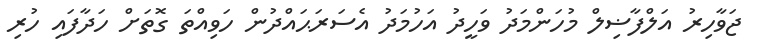
ޖަވާހިރު އަލްފާޟިލް މުހަންމަދު ވަހީދު އަހުމަދު އެސަރަޙައްދުން ހަވިއްތަ ގޮތަށް ހަދާފައި ހުރި